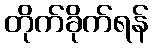
တိုက်ခိုက်ရန်